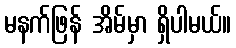
မနက်ဖြန် အိမ်မှာ ရှိပါမယ်။